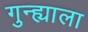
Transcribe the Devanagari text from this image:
गुन्ह्याला